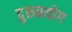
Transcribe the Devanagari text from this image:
दुरुप्रयोग